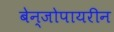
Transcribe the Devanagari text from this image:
बेन्जोपायरीन